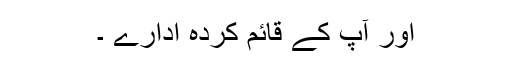
اور آپ کے قائم کردہ ادارے ۔